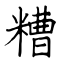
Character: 糟